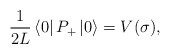
\begin{align*}{1 \over 2L}\left\langle 0 \right\vert P_+ \left\vert 0 \right\rangle=V(\sigma),\end{align*}